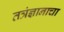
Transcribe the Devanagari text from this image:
तत्रंज्ञानाचा